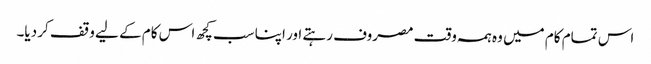
اس تمام کام میں وہ ہمہ وقت مصروف رہتے اور اپنا سب کچھ اس کام کے لیے وقف کر دیا۔